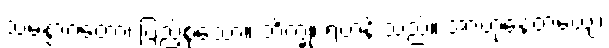
သမန္နာဂတော၊ ပြည့်စုံသော။ ဘိက္ခု၊ ရဟန်းသည်။ အာဟုနေတယျေ၊